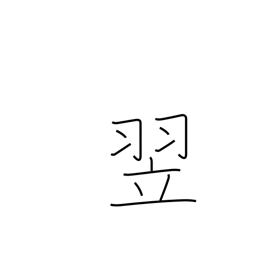
Meaning: the following